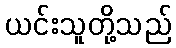
ယင်းသူတို့သည်